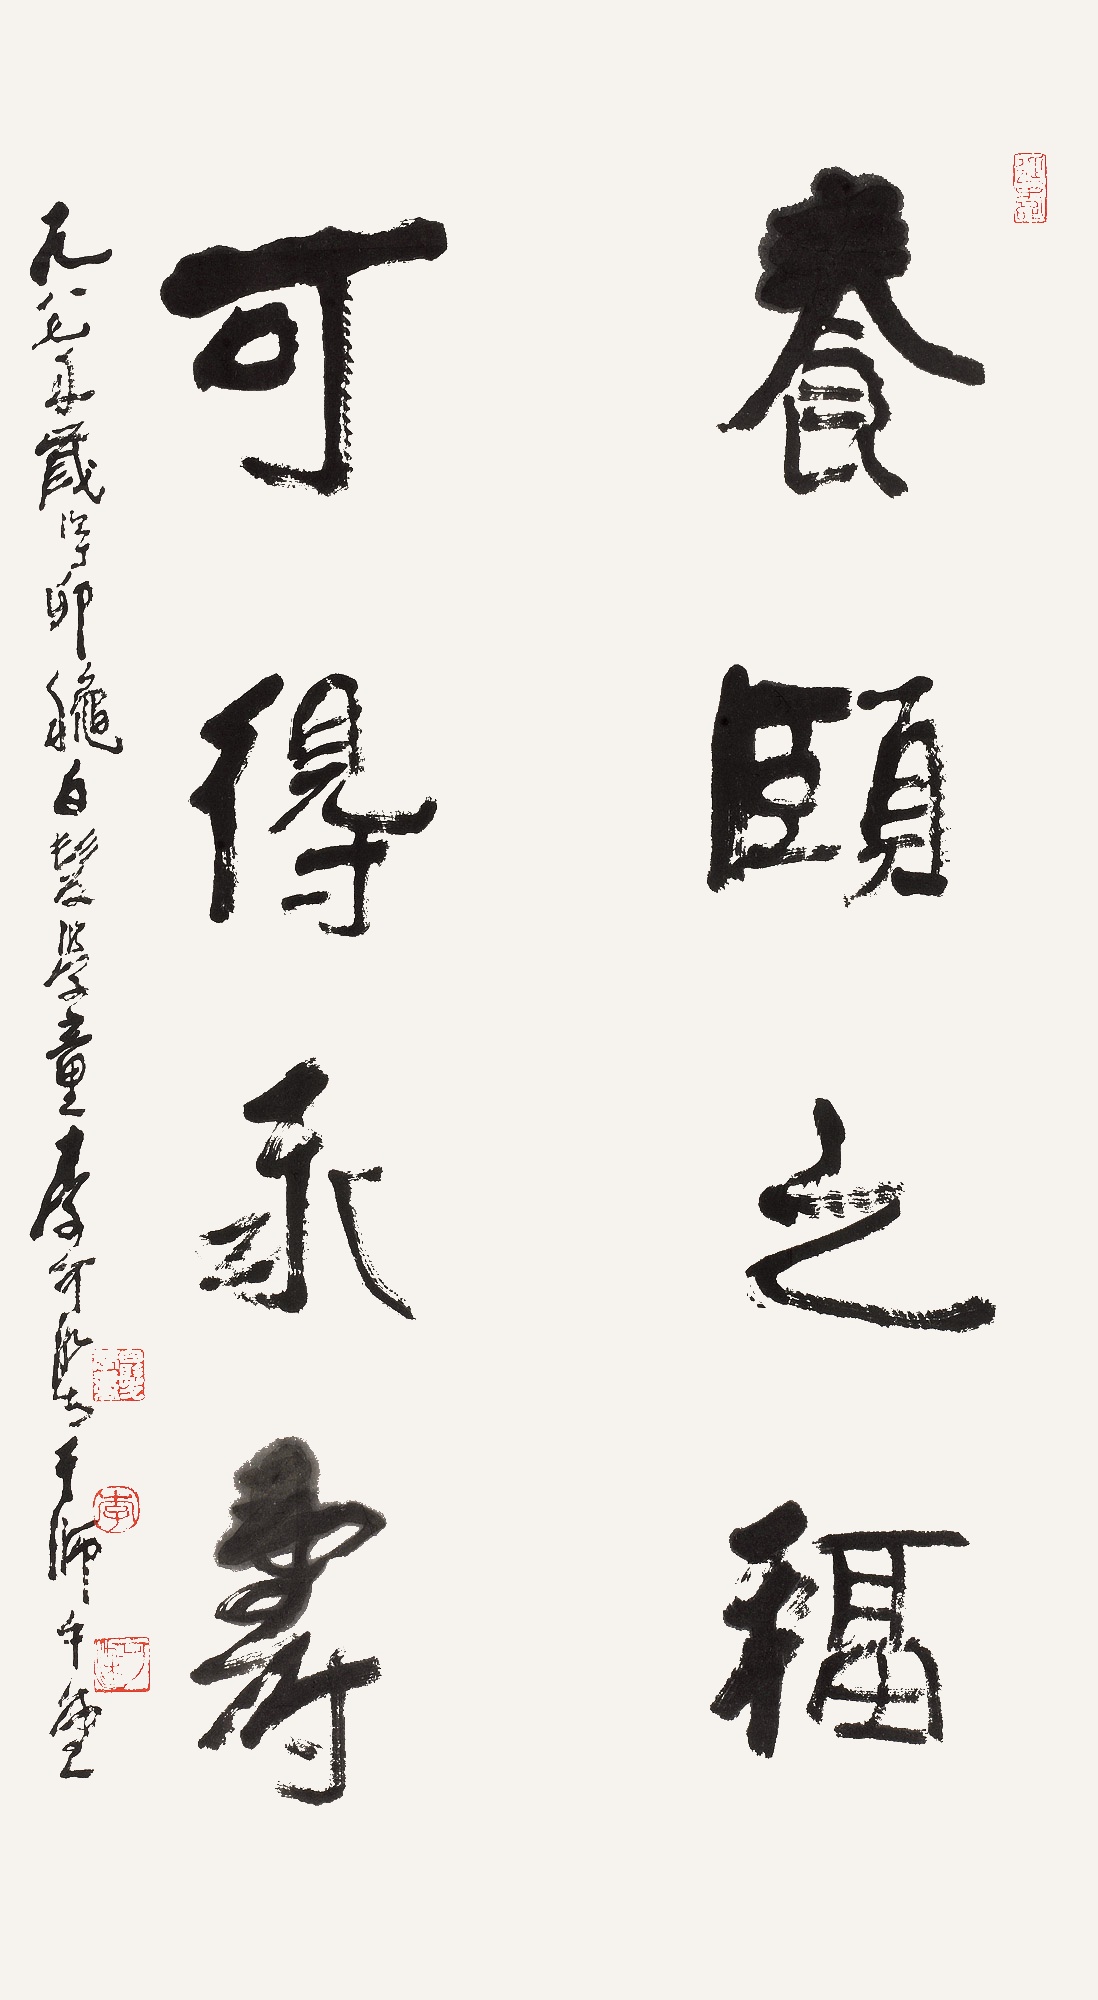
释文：养颐之福，可得永寿。一九八七年岁次丁卯秋，白发学童李可染于师牛堂。